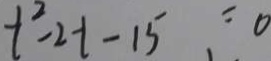
i ^ { 2 } - 2 i - 1 5 = 0